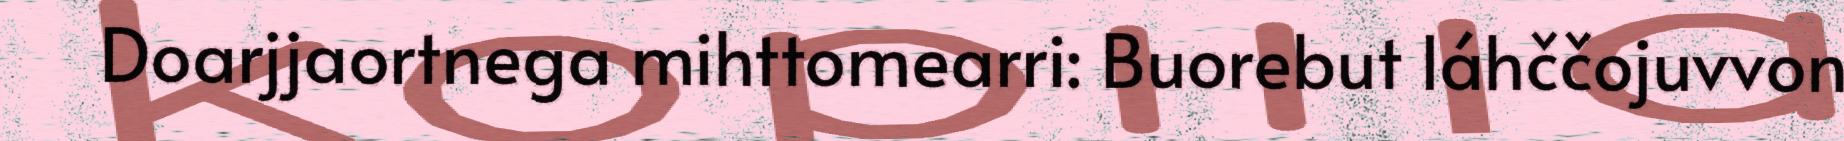
Doarjjaortnega mihttomearri: Buorebut láhččojuvvon